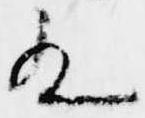
殿